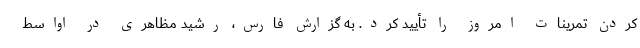
کردن تمرینات امروز را تأیید کرد. به گزارش فارس، رشید مظاهری در اواسط